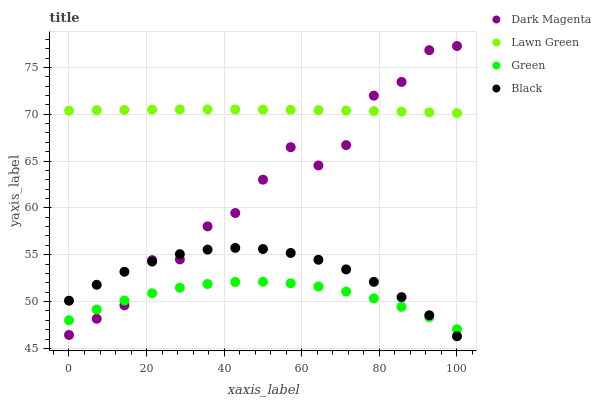
| xaxis_label | Dark Magenta | Lawn Green | Green | Black |
 | --- | --- | --- | --- | --- |
 | 0 | 46.4 | 70.4 | 48 | 50.1 |
 | 7.14 | 48.2 | 70.4 | 49.2 | 51.8 |
 | 14.3 | 49.6 | 70.5 | 50.1 | 53.2 |
 | 21.4 | 54.4 | 70.5 | 50.9 | 54.3 |
 | 28.6 | 54.5 | 70.5 | 51.5 | 55.1 |
 | 35.7 | 58 | 70.5 | 51.9 | 55.5 |
 | 42.9 | 59.5 | 70.5 | 52.1 | 55.7 |
 | 50 | 63 | 70.5 | 52.1 | 55.6 |
 | 57.1 | 66.5 | 70.5 | 52 | 55.2 |
 | 64.3 | 64.5 | 70.4 | 51.6 | 54.5 |
 | 71.4 | 66.7 | 70.4 | 51.1 | 53.4 |
 | 78.6 | 72 | 70.3 | 50.3 | 52.1 |
 | 85.7 | 73.4 | 70.3 | 49.4 | 50.5 |
 | 92.9 | 76.8 | 70.2 | 48.3 | 48.5 |
 | 100 | 77.3 | 70.1 | 47.1 | 46.3 |